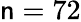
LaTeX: \mathsf{n}=72